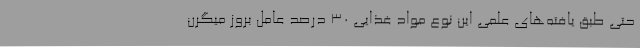
حتی طبق یافته‌های علمی این نوع مواد غذایی ۳۰ درصد عامل بروز میگرن